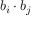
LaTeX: b _ { i } \cdot b _ { j }